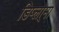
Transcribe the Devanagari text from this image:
डिप्लो्मा